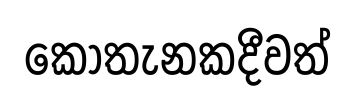
කොතැනකදීවත්